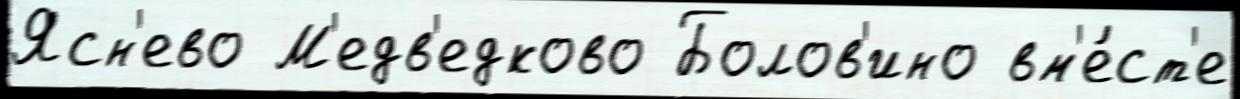
Ясн'ево М'едв'едково Болов'ино вм'е́ст'е